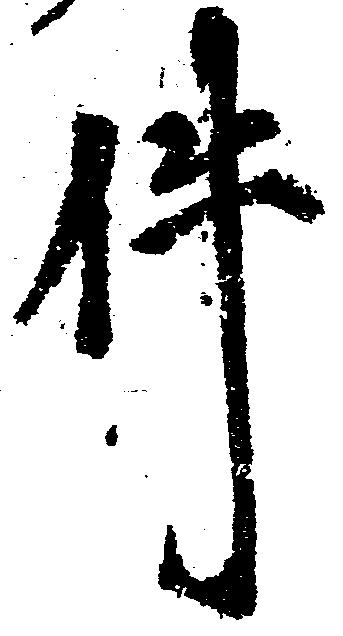
件